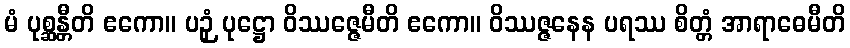
မံ ပုစ္ဆန္တီတိ ဧကော။ ပဉှံ ပုဋ္ဌော ဝိဿဇ္ဇေမီတိ ဧကော။ ဝိဿဇ္ဇနေန ပရဿ စိတ္တံ အာရာဓေမီတိ